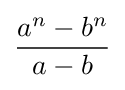
{\frac {a^{n}-b^{n}}{a-b}}